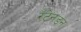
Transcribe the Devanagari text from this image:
रॅटेनडन